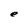
Character: e